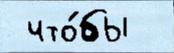
 что́бы